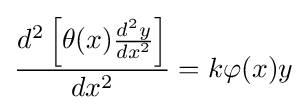
{\frac {d^{2}\left[\theta (x){\frac {d^{2}y}{dx^{2}}}\right]}{dx^{2}}}=k\varphi (x)y